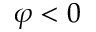
\varphi < 0